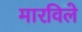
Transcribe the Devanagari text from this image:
मारविले